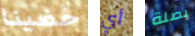
حضينا أي بصلة